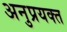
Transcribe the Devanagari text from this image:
अनुप्रयक्त